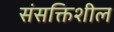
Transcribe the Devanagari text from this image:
संसक्तिशील